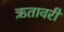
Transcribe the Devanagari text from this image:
ऋतावरी